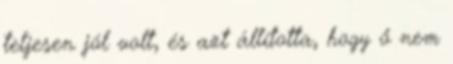
teljesen jól volt, és azt állította, hogy ő nem